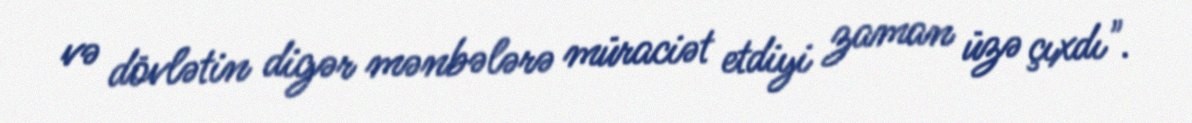
və dövlətin digər mənbələrə müraciət etdiyi zaman üzə çıxdı".